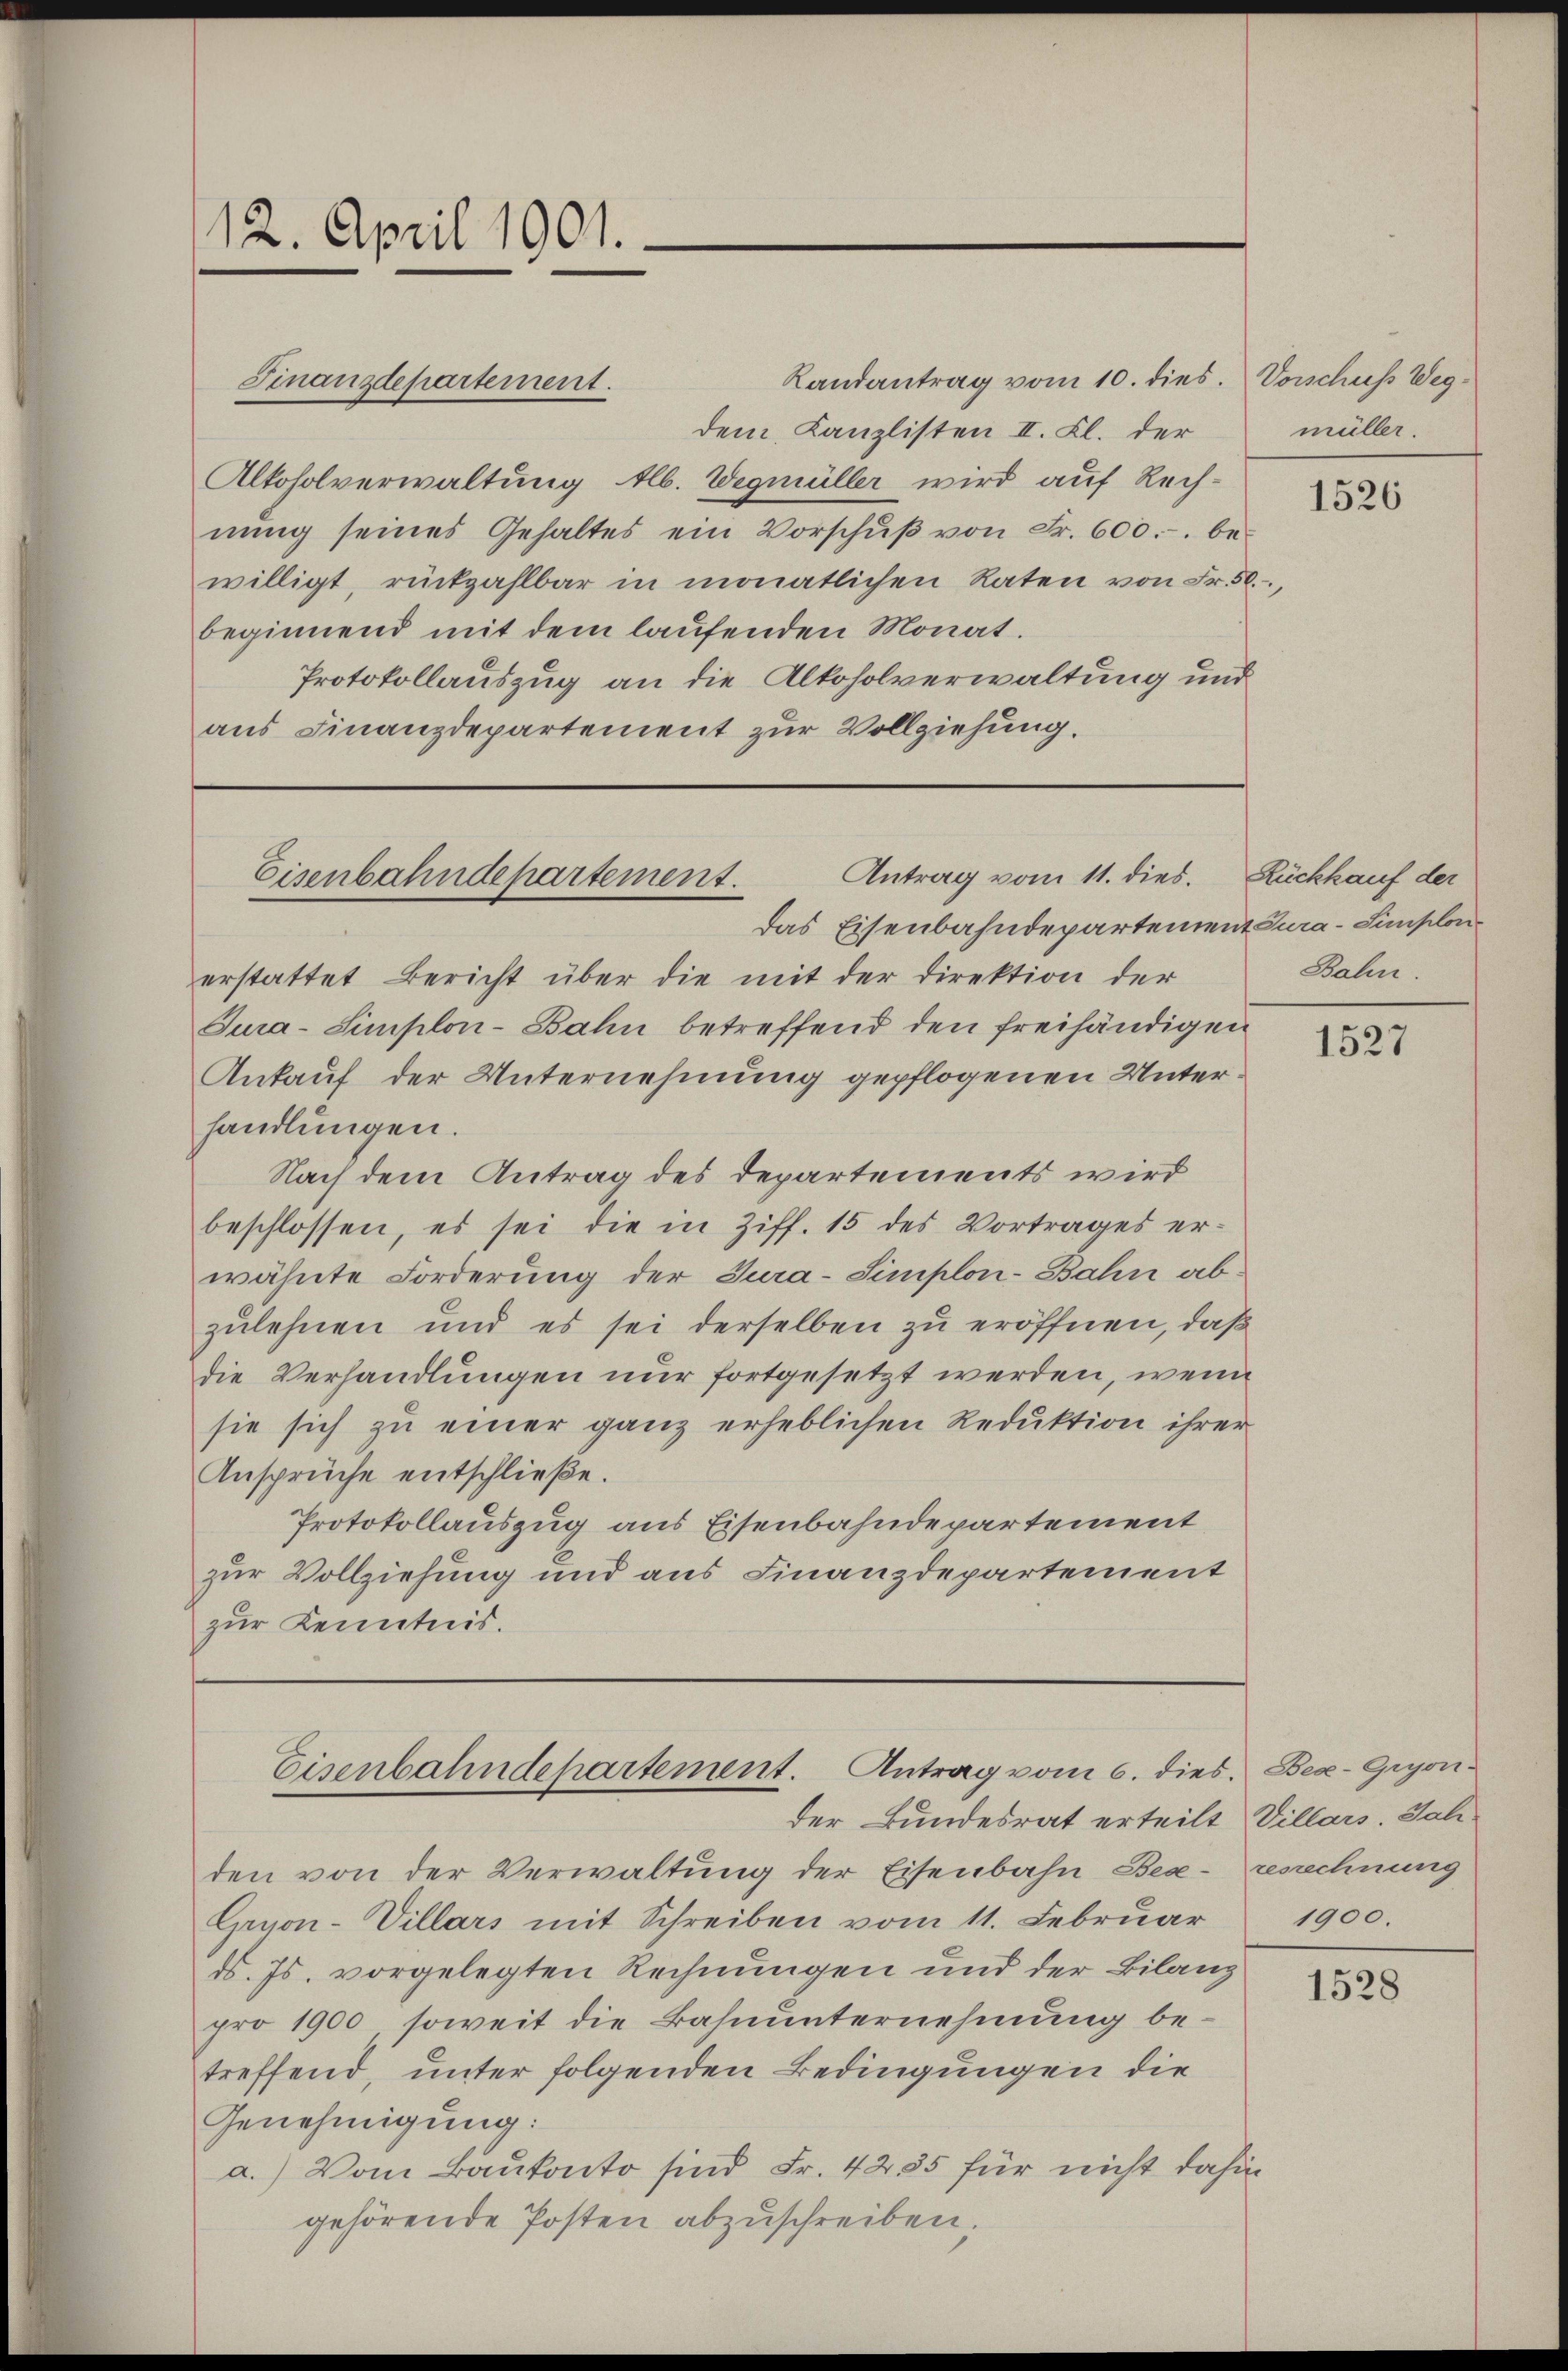
Landantrag vom 10. dies. Vorschuss Wegdem Kanzlisten II. Kl. der
Alkoholverwaltung Alb. Wegmüller wird auf Rechnŭng seines Gehaltes ein Vorschŭβ von Fr. 600.- be-
willigt, rückzahlbar in monatlichen Raten von Fr. 50.,
beginnend mit dem laufenden Monat.
Protokollauszug an die Alkoholverwaltung und
aus Finanzdepartement zur Vollziehung.

12. April 1901.

Finanzdepartement.

Antrag vom 11. dies. Rückkauf der
Eisenbahndepartement.

Das Eisenbahndepartement Tura-Simplonerstattet Bericht über die mit der Direktion der
Tura-Simplon-Bahn betreffend den freihändigen
Ankauf der Unternehmung gepflogenen Unterhandlungen.
Nach dem Antrag des Departements wird
beschlossen, es sei die in Ziff. 15 des Vortrages er-
wähnte Forderung der Jura-Simplon-Bahn abzulehnen und es sei derselben zu eröffnen, daß
die Verhandlungen nur fortgesetzt werden, wenn
sie sich zu einer ganz erheblichen Reduktion ihrer
Ansprüche entschließe.
Protokollauszug aus Eisenbahndepartement
zur Vollziehung und aus Finanzdepartement
zur Kenntnis.

den von der Verwaltung der Eisenbahn Bese-renechnung
Gryon-Villars mit Schreiben vom 11. Februar
d. Js. vorgelegten Rechnungen und der Bilanz
pro 1900, soweit die Bahnunternehmung betreffend, unter folgenden Bedingungen die
Genehmigung:
a.) Vom Baukonto sind Fr. 4285 für nicht dahin
gehörende Posten abzuschreiben.

Eisenbahndepartement. Antrag vom 6. dies. Bex-Gryon
der Bundesrat erteilt Villars. Joh.

müller.

1526

Bahn.

1527

1900.

1528